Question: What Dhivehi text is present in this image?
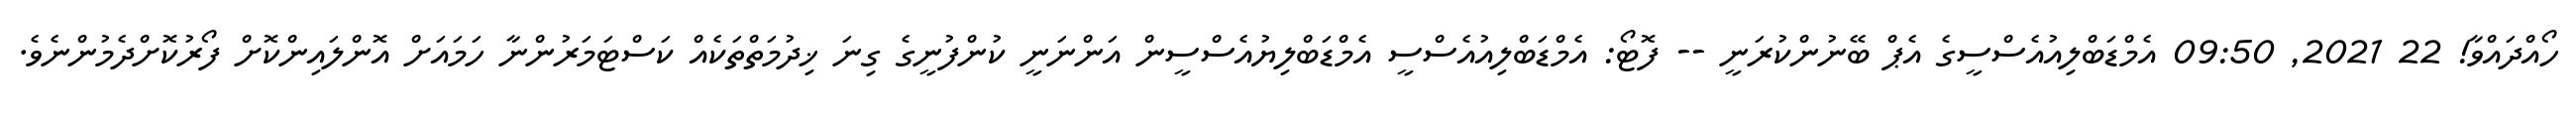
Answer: ހޯއްދައްވާ! 22 2021, 09:50 އެމްޑަބްލިއުއެސްސީގެ އެޕް ބޭނުންކުރަނީ -- ފޮޓޯ: އެމްޑަބްލިއުއެސްސީ އެމްޑަބްލިޔުއެސްސީން އަންނަނީ ކުންފުނީގެ ގިނަ ޚިދުމަތްތަކެއް ކަސްޓަމަރުންނާ ހަމައަށް އޮންލައިންކޮށް ފޯރުކޮށްދެމުންނެވެ.